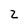
Character: 2